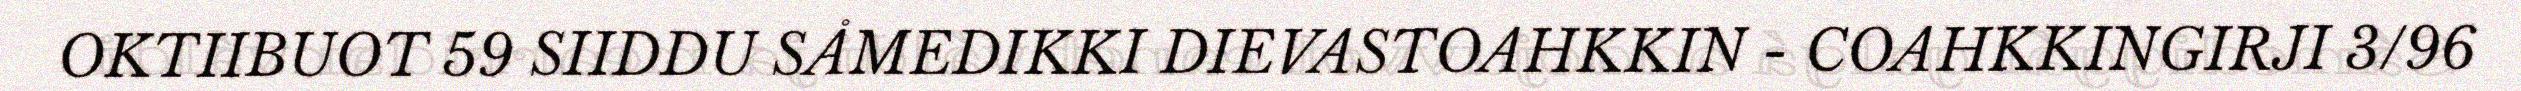
OKTIIBUOT 59 SIIDDU SÅMEDIKKI DIEVASTOAHKKIN - COAHKKINGIRJI 3/96